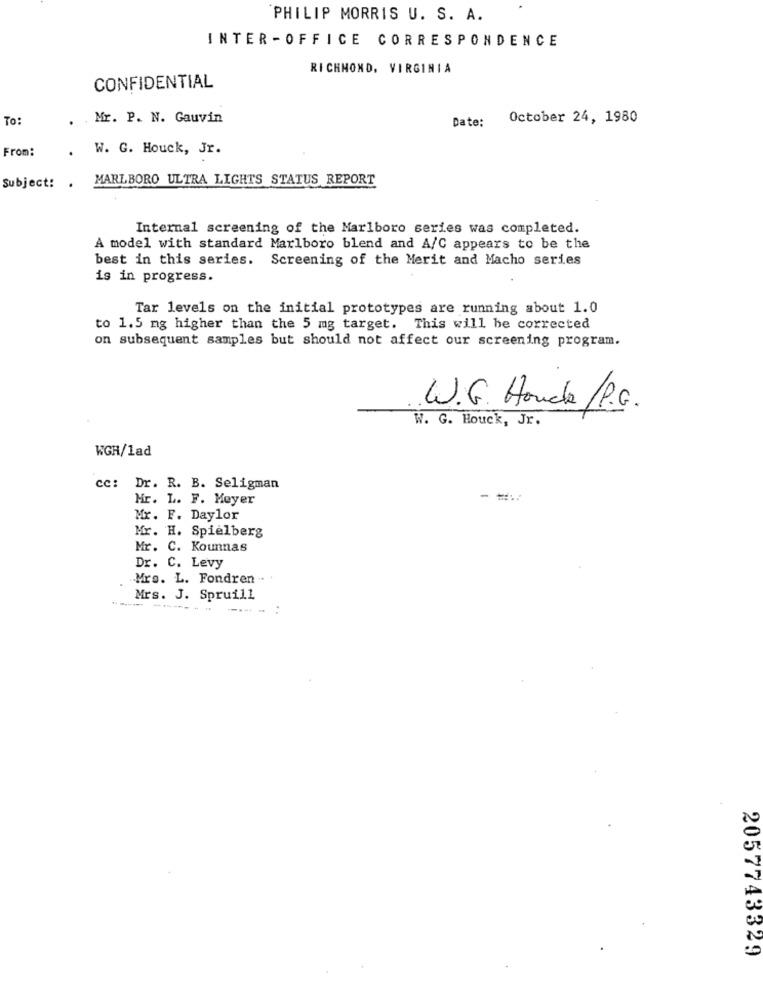
PHILIP MORRIS U. S. A.
INTER-OFFICE CORRESPONDENCE
RICHMOND, VIRGINIA
CONFIDENTIAL
To:
Mr. P. N. Gauvin
Date:
October 24, 1980
From:
. W. G. Houck, Jr.
MARLBORO ULTRA LIGHTS STATUS REPORT
Subject: .
Internal screening of the Marlboro series was completed.
A model with standard Marlboro blend and A/C appears to be the
best in this series. Screening of the Merit and Macho series
is in progress.
Tar levels on the initial prototypes are running about 1.0
to 1.5 mg higher than the 5 mg target. This will be corrected
on subsequent samples but should not affect our screening program.
W.G. Honda/P.G.
W. G. Houck, Jr.
WGH/1ad
cc: Dr. R. B. Seligman
Mr. L. F. Meyer
Mr. F. Daylor
Mr. H. Spielberg
Mr. C. Kounnas
Dr. C. Levy
Mrs. L. Fondren ..
Mrs. J. Spruill
2057743329